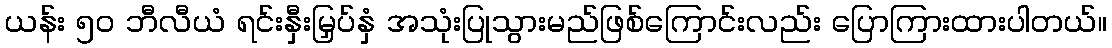
ယန်း ၅၀ ဘီလီယံ ရင်းနှီးမြှပ်နှံ အသုံးပြုသွားမည်ဖြစ်ကြောင်းလည်း ပြောကြားထားပါတယ်။